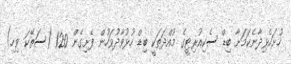
ހުށަހެޅިދާނެކަމަށާ ބިޑް ސެކިއުރިޓީގެ މުއްދަތަކީ ބިޑް ހުޅުވާދުވަހުން ފެށިގެން 120 (ސަތޭކަ ވިހި)